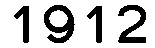
1912